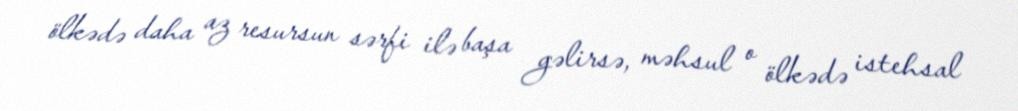
ölkədə daha az resursun sərfi ilə başa gəlirsə, məhsul o ölkədə istehsal